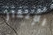
الإنذار